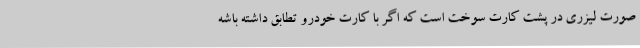
صورت لیزری در پشت کارت سوخت است که اگر با کارت خودرو تطابق داشته باشه